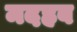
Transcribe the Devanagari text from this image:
मदहब